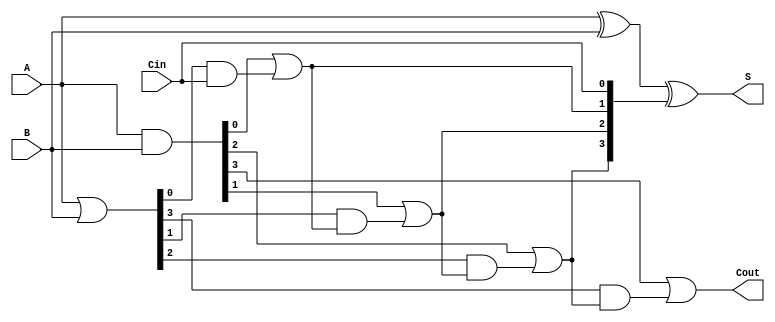
module carry_lookahead_adder #(parameter n = 4) (
    input  [n-1:0] A,      // n-bit input A
    input  [n-1:0] B,      // n-bit input B
    input         Cin,      // Carry-in
    output [n-1:0] S,      // n-bit sum output
    output        Cout      // Carry-out
);

    // Generate and propagate signals
    wire [n-1:0] G; // Generate signals
    wire [n-1:0] P; // Propagate signals
    wire [n:0] C;   // Carry signals

    // Generate and propagate calculations
    assign G = A & B;          // Gi = Ai & Bi
    assign P = A | B;          // Pi = Ai | Bi

    // Carry calculations
    assign C[0] = Cin;         // C0 = Cin

    genvar i;
    generate
        for (i = 0; i < n; i = i + 1) begin : carry_generation
            if (i == 0) begin
                assign C[i+1] = G[i] | (P[i] & C[i]); // C1 = G0 | (P0 & C0)
            end else begin
                assign C[i+1] = G[i] | (P[i] & C[i]); // Ci+1 = Gi | (Pi & Ci)
            end
        end
    endgenerate

    // Sum calculations
    assign S = A ^ B ^ C[n-1:0]; // Si = Ai ^ Bi ^ Ci

    // Carry-out
    assign Cout = C[n]; // Cout = Cn

endmodule